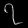
Digit: ၇